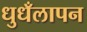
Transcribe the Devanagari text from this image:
धुधँलापन